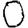
Digit: 0